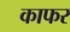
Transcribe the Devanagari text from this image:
काफर